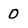
Character: 0